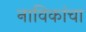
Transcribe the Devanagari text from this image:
नाविकांचा